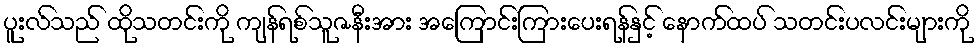
ပူးလ်သည် ထိုသတင်းကို ကျန်ရစ်သူဇနီးအား အကြောင်းကြားပေးရန်နှင့် နောက်ထပ် သတင်းပလင်းများကို